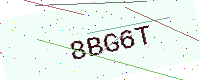
Text: 8BG6T